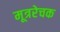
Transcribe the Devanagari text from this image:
मूत्ररेचक